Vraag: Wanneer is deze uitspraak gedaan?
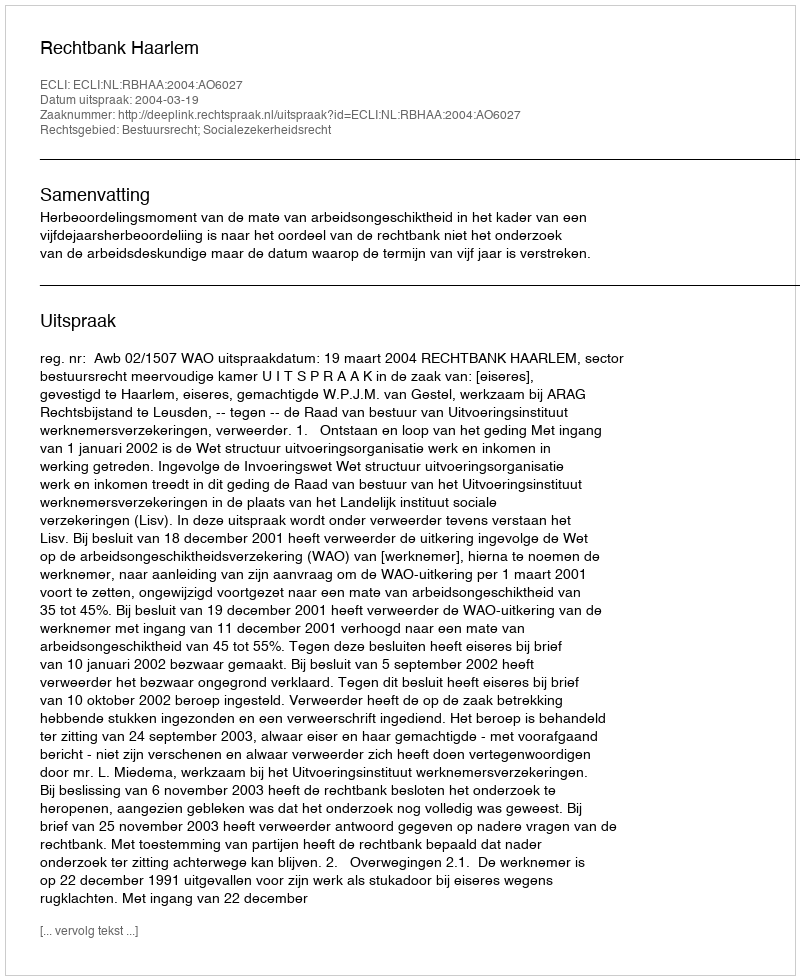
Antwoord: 2004-03-19